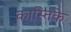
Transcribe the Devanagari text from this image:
कास्तिके